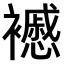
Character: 𧞰